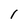
Character: 1